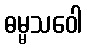
ဓမ္မသဝေါ